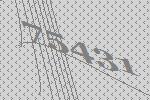
75431